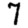
Digit: 7